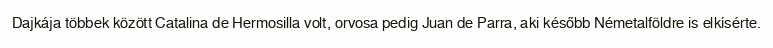
Dajkája többek között Catalina de Hermosilla volt, orvosa pedig Juan de Parra, aki később Németalföldre is elkísérte.